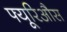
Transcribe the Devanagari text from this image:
फ्यूरिऔस